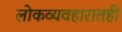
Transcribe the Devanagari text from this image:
लोकव्यवहारातही